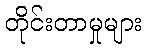
တိုင်းတာမှုများ